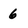
Character: 6